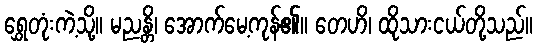
ရွှေတုံးကဲ့သို့။ မညန္တိ၊ အောက်မေ့ကုန်၏။ တေဟိ၊ ထိုသားငယ်တို့သည်။